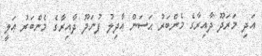
އަދި މަރަދޫ ދާއިރާގެ މެންބަރު ޙަސަން ޢާދިލުު ފުނަދޫ ދާއިރާގެ މެންބަރު ޢަލީ